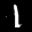
Label: 1